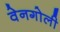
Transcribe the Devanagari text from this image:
वेनगोली